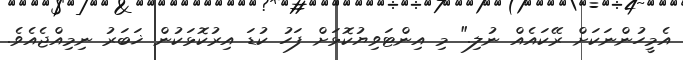
އެމީހުންނަކަށް ރޭކައެއް ނުލި." މި އިންޓަވިޔުކޮޅަށް ފަހު ކުޑަ އިރުކޮޅަކުން ޚަބަރު ނިމިއްޖެއެވެ.